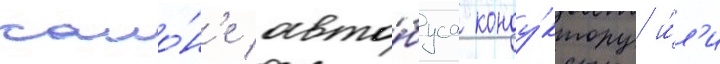
сало́н'е авто́буса конду́ктору и́л'и